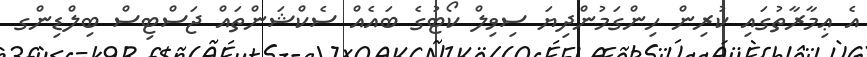
އެ ޢިމާރާތުގައި ކުރިން ހިންގަމުންދިޔަ ސިވިލް ކޯޓުގެ ބައެއް ސެކްޝަންތައް ޖަސްޓިސް ބިލްޑިންގ